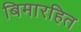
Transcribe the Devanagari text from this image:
बिमारहित